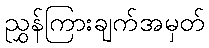
ညွှန်ကြားချက်အမှတ်